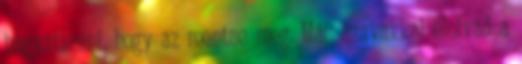
hagyatkozni, hogy az mentse meg. Más szavakkal elolvad a